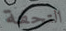
التحفة